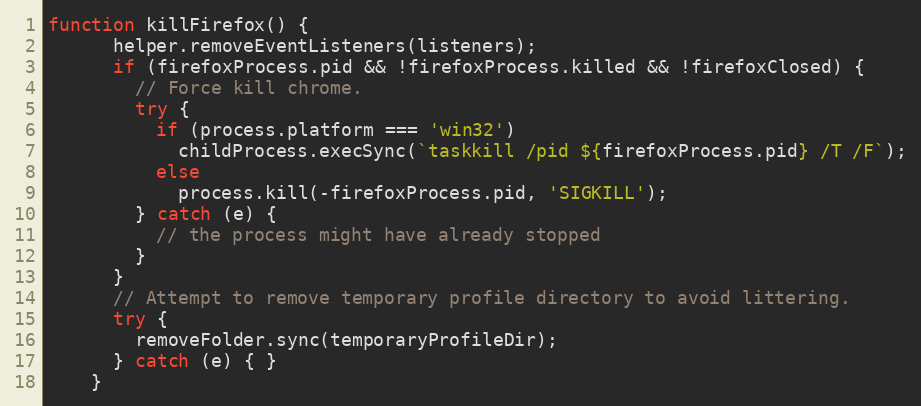
Language: JavaScript
function killFirefox() {
      helper.removeEventListeners(listeners);
      if (firefoxProcess.pid && !firefoxProcess.killed && !firefoxClosed) {
        // Force kill chrome.
        try {
          if (process.platform === 'win32')
            childProcess.execSync(`taskkill /pid ${firefoxProcess.pid} /T /F`);
          else
            process.kill(-firefoxProcess.pid, 'SIGKILL');
        } catch (e) {
          // the process might have already stopped
        }
      }
      // Attempt to remove temporary profile directory to avoid littering.
      try {
        removeFolder.sync(temporaryProfileDir);
      } catch (e) { }
    }